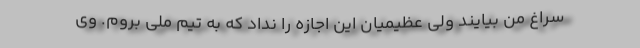
سراغ من بیایند ولی عظیمیان این اجازه را نداد که به تیم ملی بروم. وی